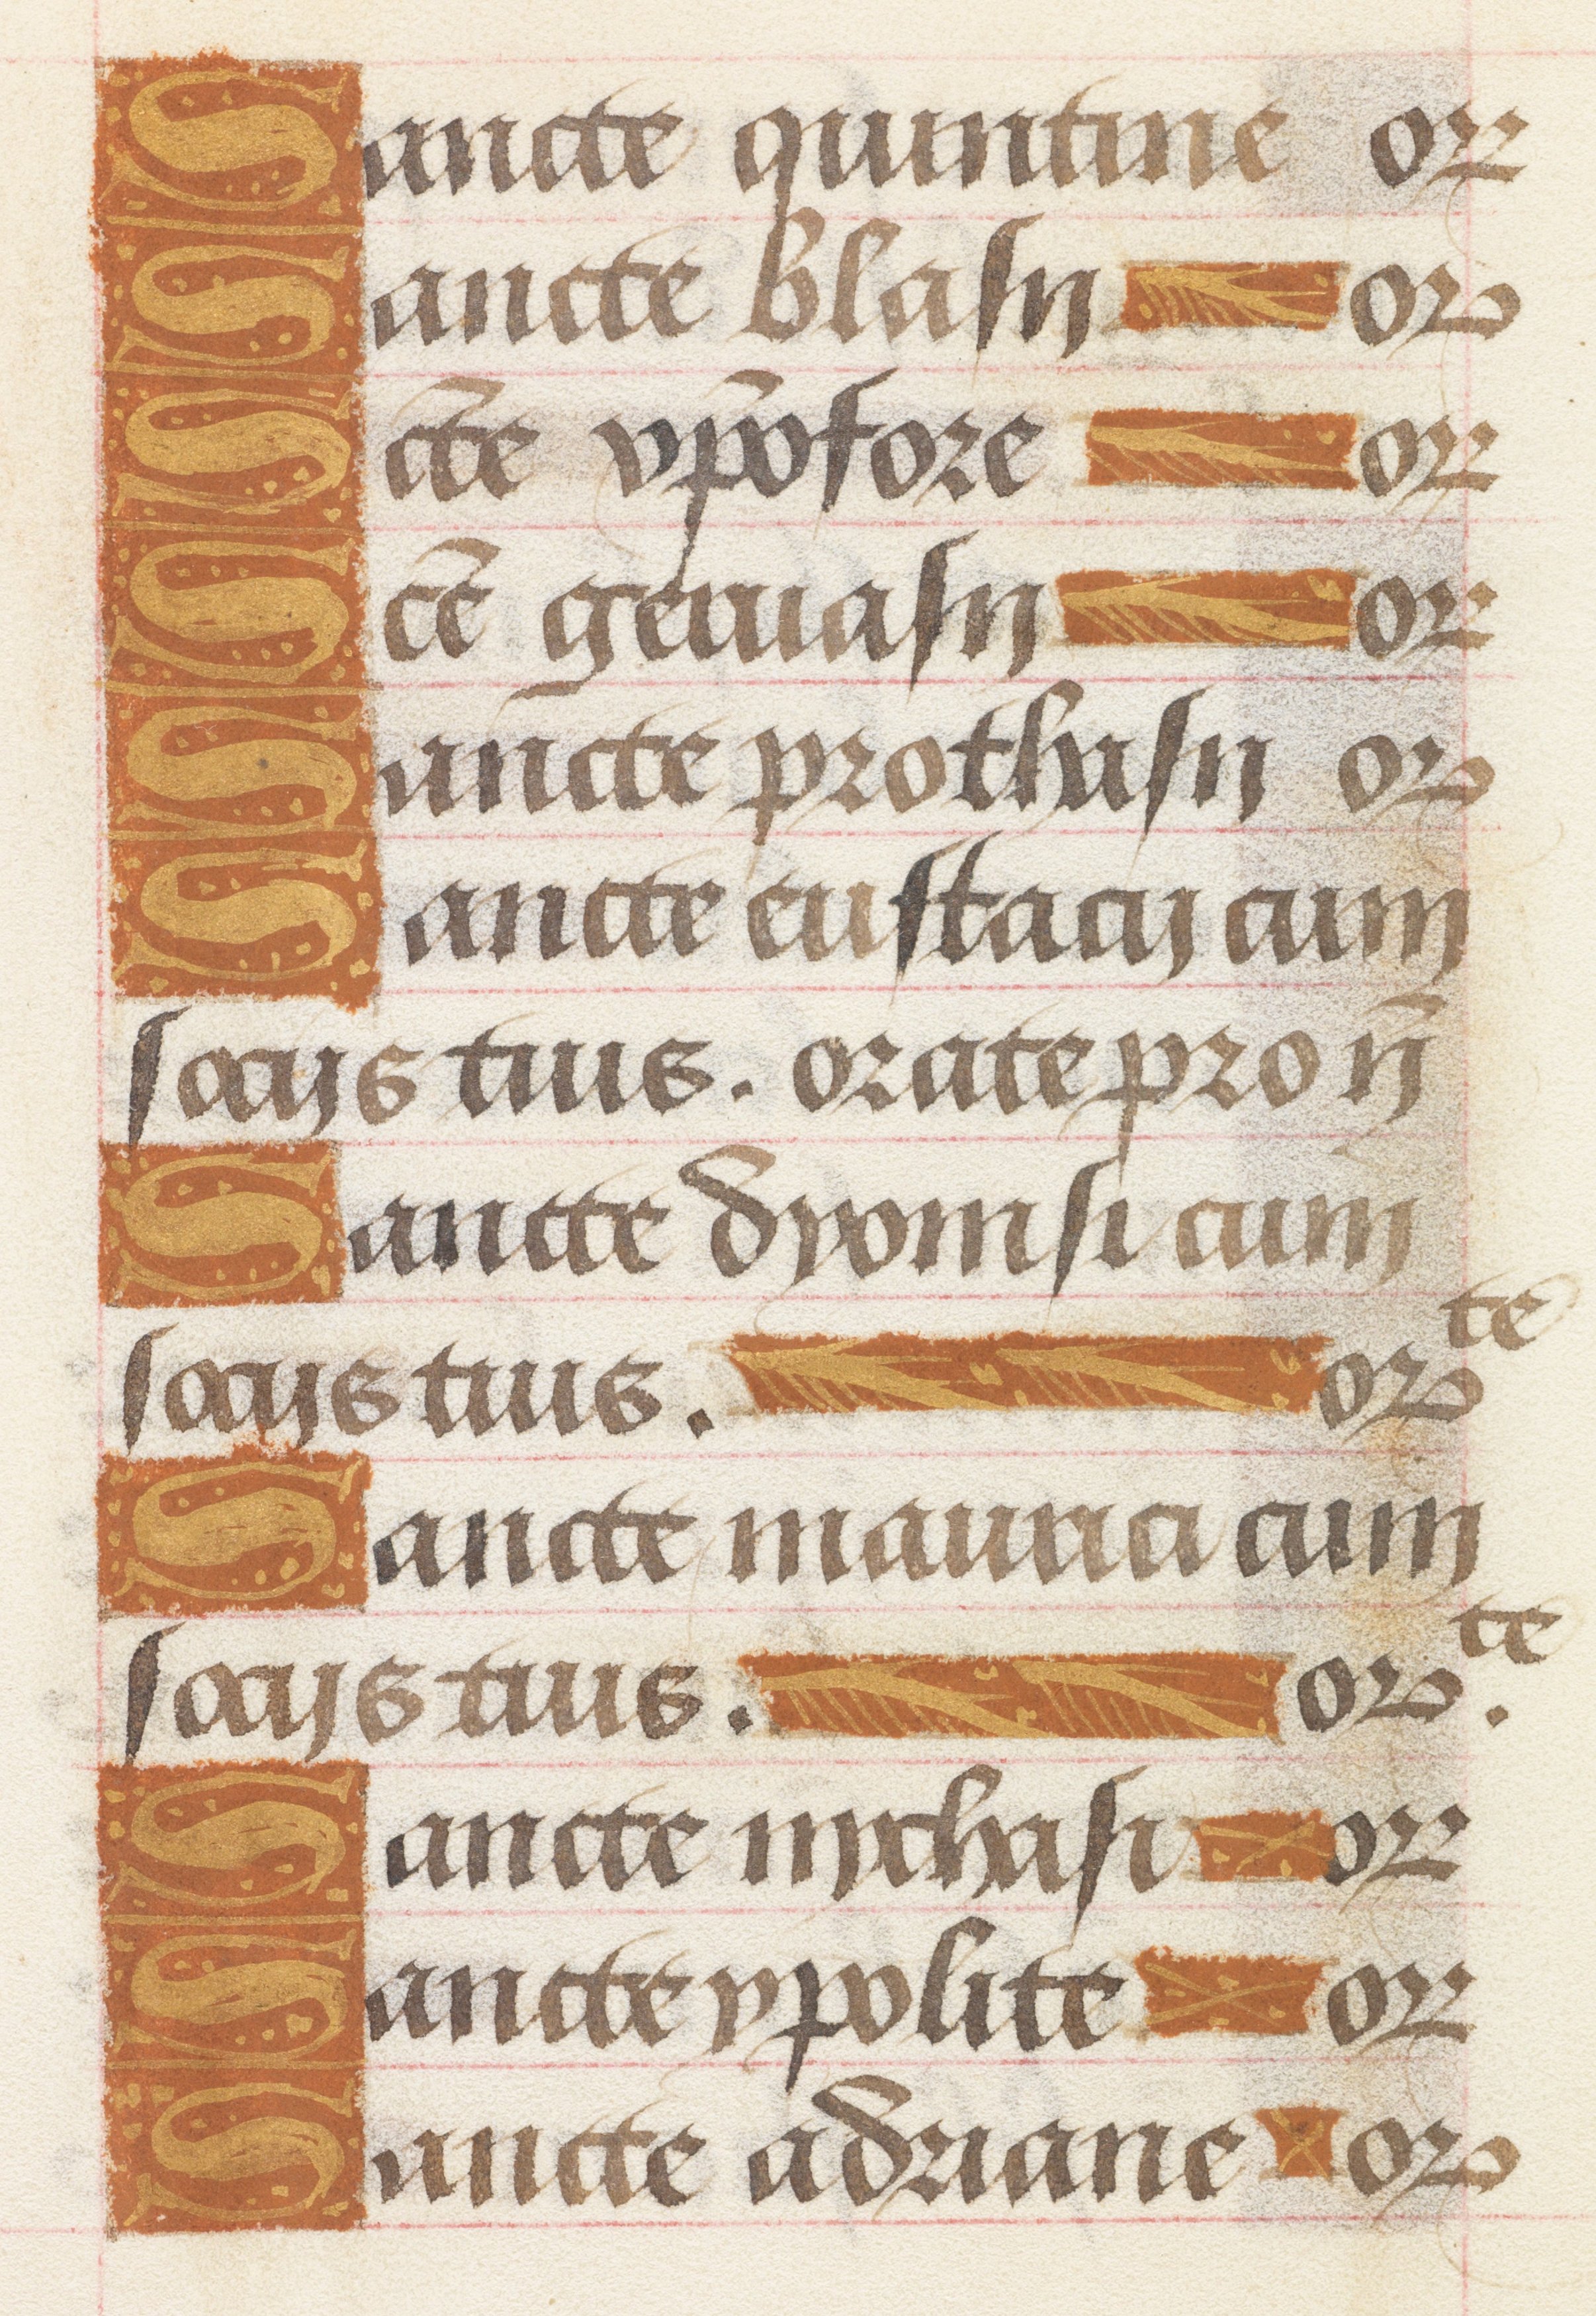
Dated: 1450–1499